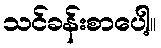
သင်ခန်းစာပေါ့။